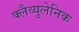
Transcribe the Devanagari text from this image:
क्लैव्युलेनिक